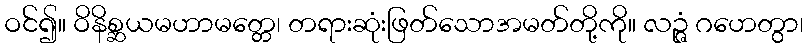
ဝင်၍။ ဝိနိစ္ဆယမဟာမတ္တေ၊ တရားဆုံးဖြတ်သောအမတ်တို့ကို။ လဉ္ဇံ ဂဟေတွာ၊